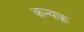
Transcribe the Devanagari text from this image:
कन्यक